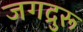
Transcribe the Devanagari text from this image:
जगद्रुरू